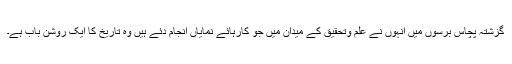
گزشتہ پچاس برسوں میں انہوں نے علم وتحقیق کے میدان میں جو کارہائے نمایاں انجام دئے ہیں وہ تاریخ کا ایک روشن باب ہے۔